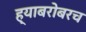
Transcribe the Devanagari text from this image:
ह्याबरोबरच